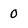
Character: 0